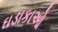
ઘડાકાઓ